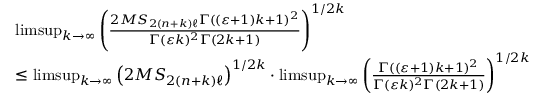
\begin{array} { r l } & { \operatorname* { l i m s u p } _ { k \to \infty } \left( \frac { 2 M S _ { 2 ( n + k ) \ell } \Gamma ( ( \varepsilon + 1 ) k + 1 ) ^ { 2 } } { \Gamma ( \varepsilon k ) ^ { 2 } \Gamma ( 2 k + 1 ) } \right) ^ { 1 / 2 k } } \\ & { \leq \operatorname* { l i m s u p } _ { k \to \infty } \left( 2 M S _ { 2 ( n + k ) \ell } \right) ^ { 1 / 2 k } \cdot \operatorname* { l i m s u p } _ { k \to \infty } \left( \frac { \Gamma ( ( \varepsilon + 1 ) k + 1 ) ^ { 2 } } { \Gamma ( \varepsilon k ) ^ { 2 } \Gamma ( 2 k + 1 ) } \right) ^ { 1 / 2 k } } \end{array}